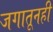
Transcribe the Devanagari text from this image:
जगातूनही